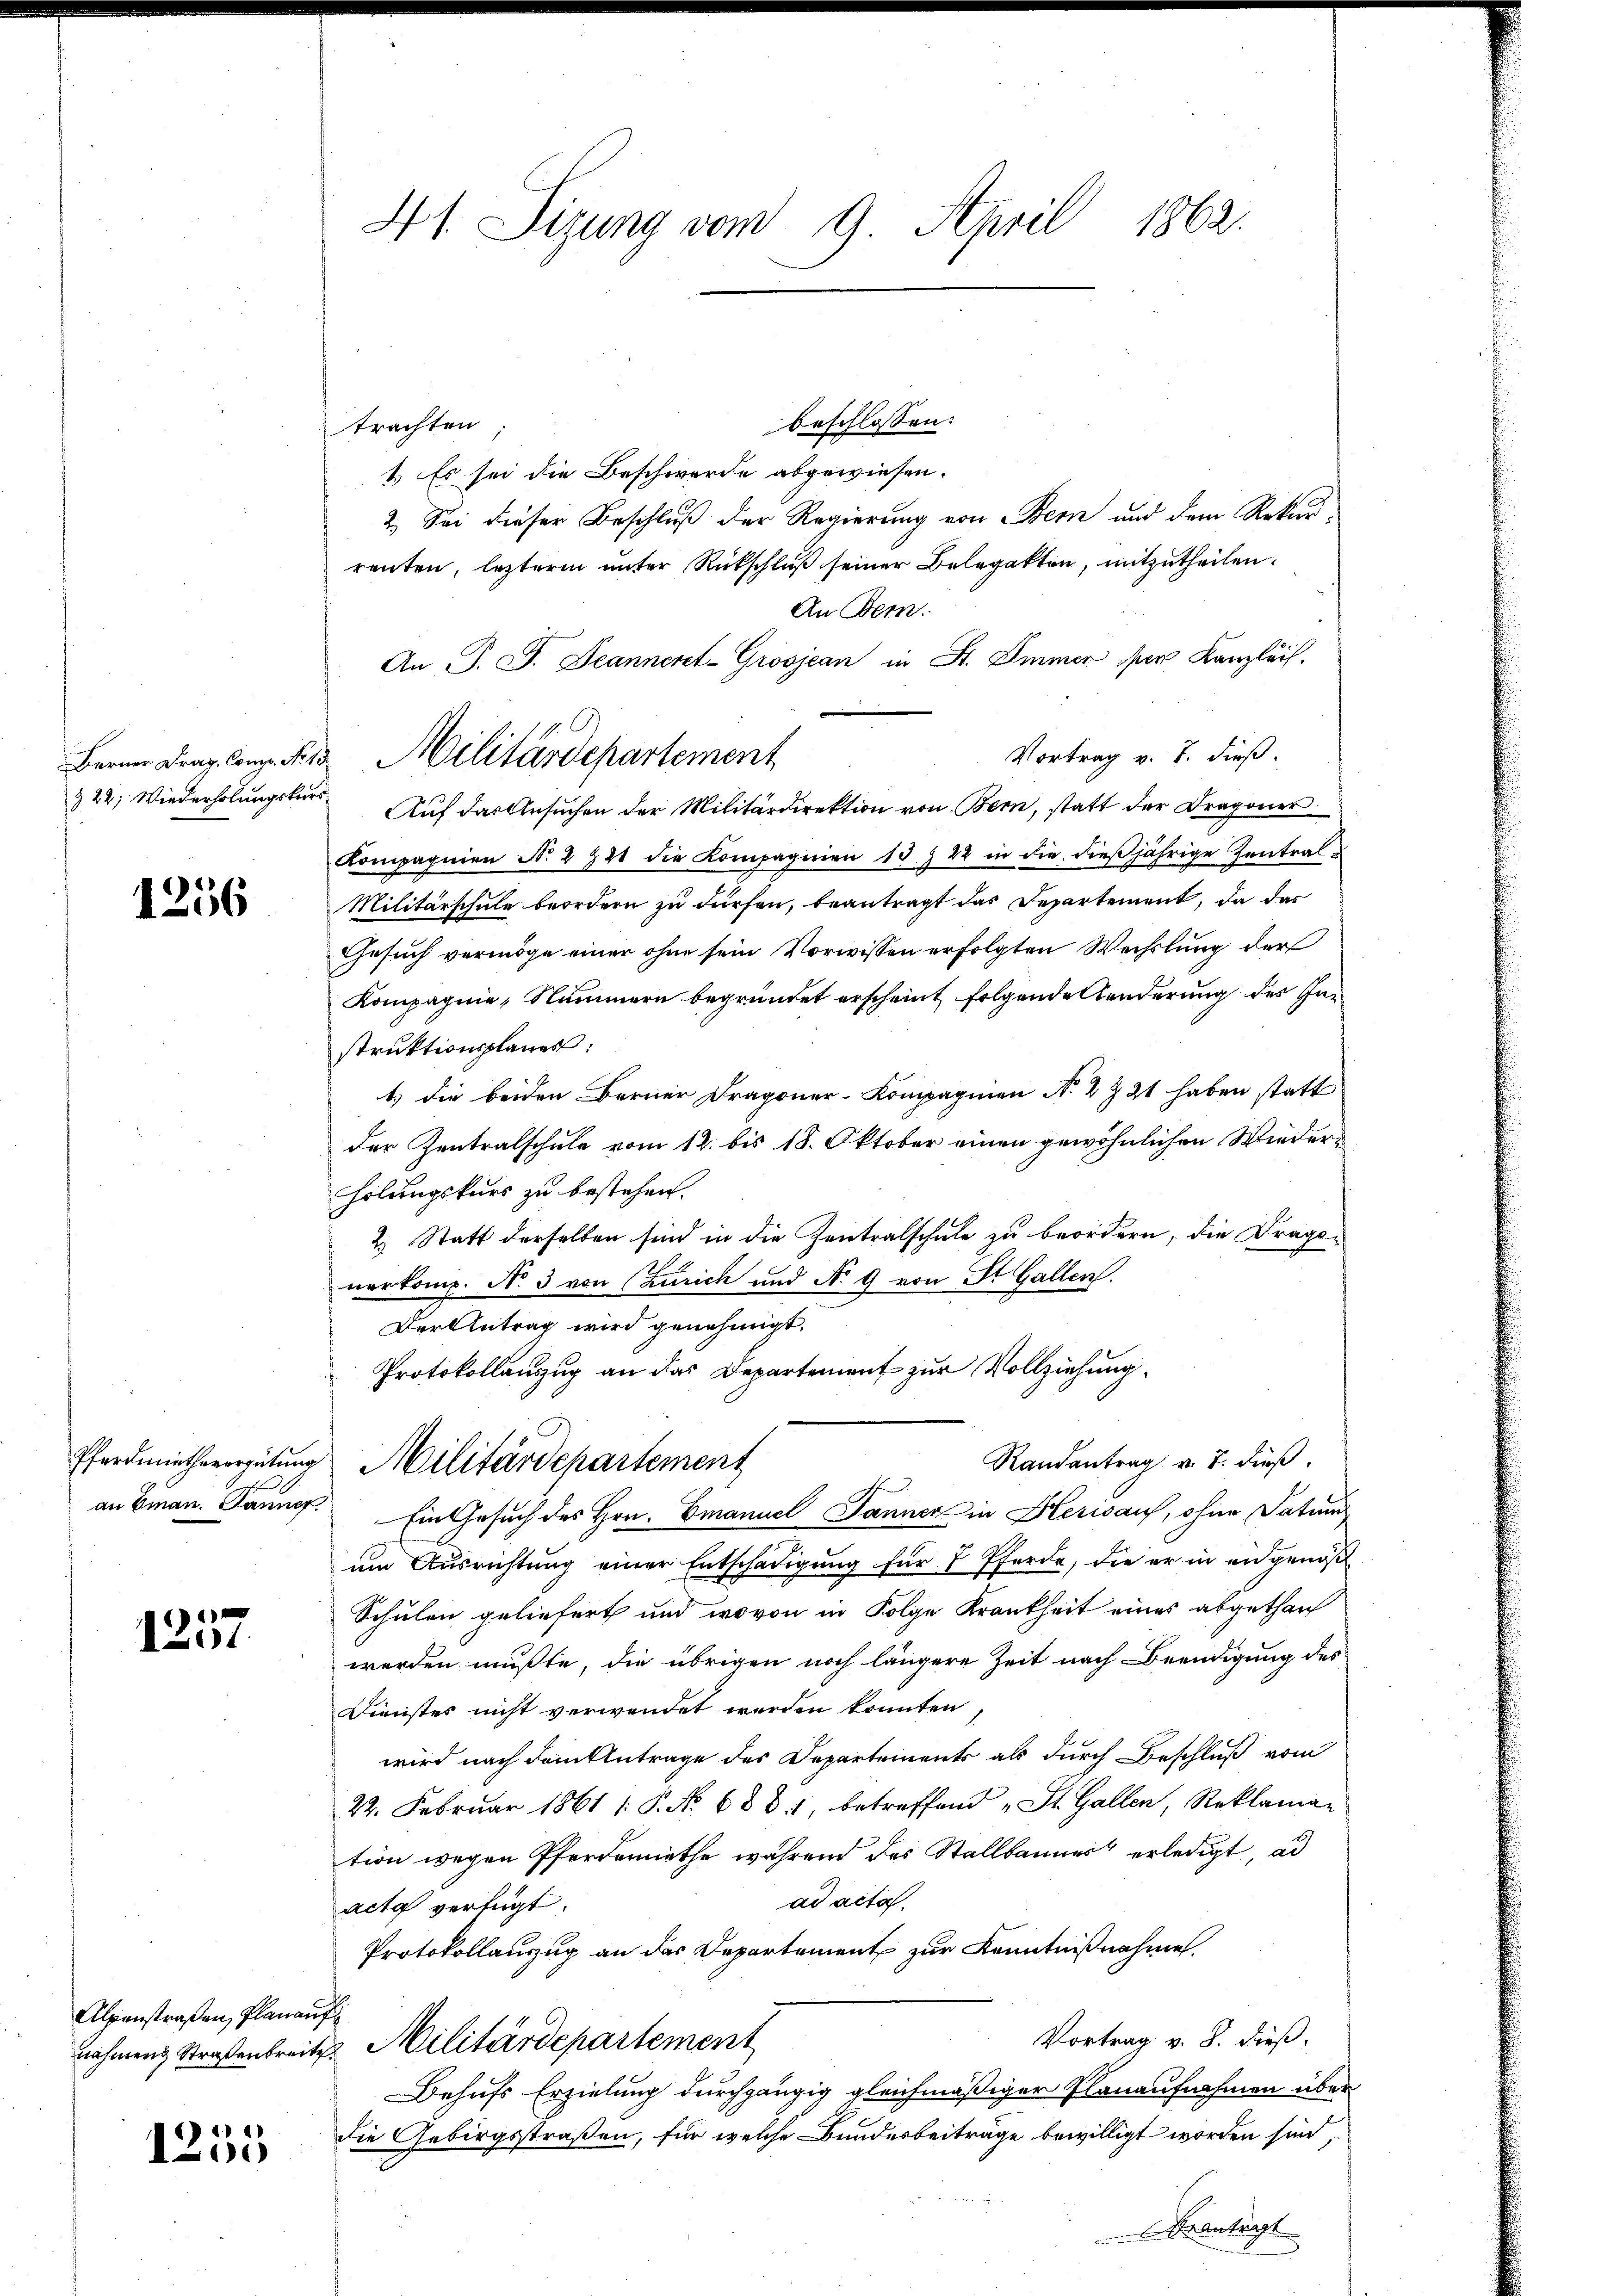
1256

e
1

Alpenstraßen, Planauf¬

1255

41. Sizung vom 9. April 1862.

beschlossen:
trachten
1.) Es sei die Beschwerde abgewiesen.
2.) Sei dieser Beschluß der Regierung von Bern und dem Rekurrenten, letztere unter Rückschluß seiner Belegatten, mitzutheilen.
An Bern.
An P. J. Jeannent-Grosjean in St. Immer per Kanzleis
Vortrag v. 7. dieß.
& 22; Wiederholungster Aŭf das Ansŭchen der Militärdirektion von Bern, statt der Dragoner
Kompagnien No. 2922 die Kompagnien 13 § 22 in die dieβjährige Zentral-
Militärschule beordern zu dürfen, beantragt das Departement, da das
Gesuch vermöge einer ohne sein Vorwissen erfolgten Wechslung der
Kompagnie, Nummern begründet erscheint folgende Länderung des Instruktionsplanes:
1.) die beiden Berner Fragoner-Kompagnien N. 4 Z 21 haben statt
der Zentralschule vom 12. bis 18. Oktober einen gewöhnlichen Wiederholungskurs zu bestehen.
2. Statt derselben sind in die Zentralschule zu beordern, die Dragonerkomp. N. 3 von Zürich und No 9 von St. Gallen.
Der Antrag wird genehmigt.
Protokollauszug an das Departement zur Vollziehung
Randantrag v. 7. dieß.
Pferdmiethevergütung Militärdepartement
an Eman. Dannef. Ein Gesuch des Hrn. Emanuel Jänner in Herisau, ohne Datum
um Ausrichtung einer Entschädigung für 7 Pferde, die er in eidgenöß
Schulen geliefert und wovon in Folge Krankheit eines abgethan
werden mußte, die übrigen noch längere Zeit nach Beendigung des
Dinistes nicht verwendet werden konnten,
wird nach danklutrage des Departements als durch Beschluß vom
22. Februar 1861 [P. No. 688. 1, betreffend „St. Gallen, Reklaman
tion wegen Pferdemiethe während des Stallbannes“ erledigt, ad
ad acta.
acta verfügt.
Protokollanzug an das Departement zur Kenntnißnahme.
Vortrag v. 8. dieß.
nahmen Straßenbreite Militärdepartement
Behufs Erzielung durchgängig gleichmäßiger Planaufnahmen über
die Gebirgsstraßen, für welche Bundesbeiträge bewilligt worden sind,
Beitragt

Berner Frag. Comp. Nr. 15 Militärdepartement